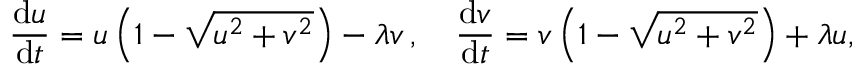
\frac { \mathrm { d } u } { \mathrm { d } t } = u \left( 1 - \sqrt { u ^ { 2 } + v ^ { 2 } } \right) - \lambda v \, , \quad \frac { \mathrm { d } v } { \mathrm { d } t } = v \left( 1 - \sqrt { u ^ { 2 } + v ^ { 2 } } \right) + \lambda u ,